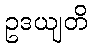
ဥဒယျတိ